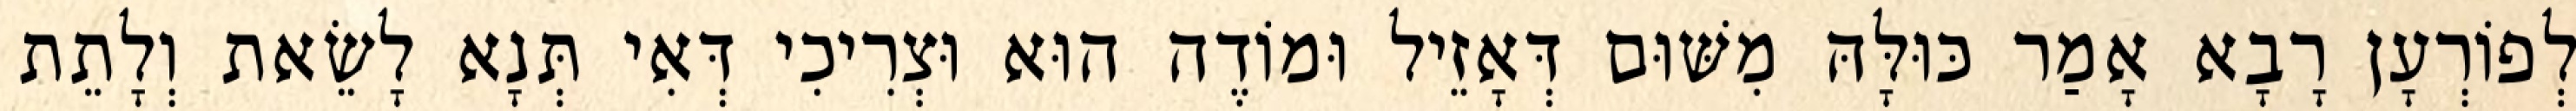
לְפוֹרְעָן רָבָא אָמַר כּוּלָּהּ מִשּׁוּם דְּאָזֵיל וּמוֹדֶה הוּא וּצְרִיכִי דְּאִי תְּנָא לָשֵׂאת וְלָתֵת